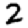
Digit: 2